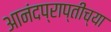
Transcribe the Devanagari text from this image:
आनंदप्राप्तीच्या